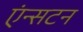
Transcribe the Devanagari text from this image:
एंन्सटन